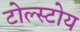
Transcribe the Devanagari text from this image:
टोल्स्टोय